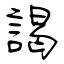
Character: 謁